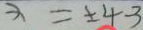
x = \pm 4 - 3